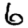
Digit: 6